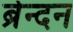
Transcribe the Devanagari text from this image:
ब्रेन्दन